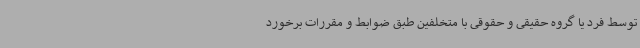
توسط فرد یا گروه حقیقی و حقوقی با متخلفین طبق ضوابط و مقررات برخورد